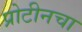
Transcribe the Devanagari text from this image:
प्रोटीनचा